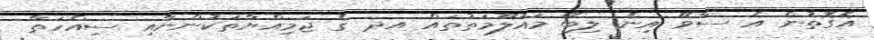
އެގޮތުން އެ ސާވޭ އިން ލިބޭ މައުލޫމަތުތައް އދ ގެ ޖަމިއްޔާތަކުންނާއި ސިއްހަތާ